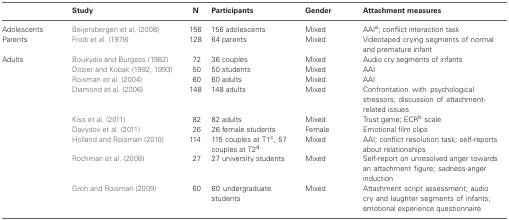
<table><thead><tr><td></td><td><b>Study</b></td><td><b>N</b></td><td><b>Participants</b></td><td><b>Gender</b></td><td><b>Attachment measures</b></td></tr></thead><tbody><tr><td>Adolescents</td><td>Beijersbergen et al. (2008)</td><td>156</td><td>156 adolescents</td><td>Mixed</td><td>AAI<sup>a</sup>; conflict interaction task</td></tr><tr><td>Parents</td><td>Frodi et al. (1978)</td><td>128</td><td>64 parents</td><td>Mixed</td><td>Videotaped crying segments of normal and premature infant</td></tr><tr><td>Adults</td><td>Boukydis and Burgess (1982)</td><td>72</td><td>36 couples</td><td>Mixed</td><td>Audio cry segments of infants</td></tr><tr><td></td><td>Dozier and Kobak (1992, 1993)</td><td>50</td><td>50 students</td><td>Mixed</td><td>AAI</td></tr><tr><td></td><td>Roisman et al. (2004)</td><td>60</td><td>60 adults</td><td>Mixed</td><td>AAI</td></tr><tr><td></td><td>Diamond et al. (2006)</td><td>148</td><td>148 adults</td><td>Mixed</td><td>Confrontation with psychological stressors; discussion of attachment-related issues</td></tr><tr><td></td><td>Kiss et al. (2011)</td><td>82</td><td>82 adults</td><td>Mixed</td><td>Trust game; ECR<sup>b</sup> scale</td></tr><tr><td></td><td>Davydov et al. (2011)</td><td>26</td><td>26 female students</td><td>Female</td><td>Emotional film clips</td></tr><tr><td></td><td>Holland and Roisman (2010)</td><td>114</td><td>115 couples at T1<sup>c</sup>, 57 couples at T2<sup>d</sup></td><td>Mixed</td><td>AAI; conflict resolution task; self-reports about relationships</td></tr><tr><td></td><td>Rochman et al. (2008)</td><td>27</td><td>27 university students</td><td>Mixed</td><td>Self-report on unresolved anger towards an attachment figure; sadness-anger induction</td></tr><tr><td></td><td>Groh and Roisman (2009)</td><td>60</td><td>60 undergraduate students</td><td>Mixed</td><td>Attachment script assessment; audio cry and laughter segments of infants; emotional experience questionnaire</td></tr></tbody></table>